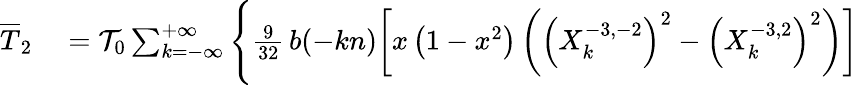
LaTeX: \begin{array}{rl}{\overline{T}_{2}}&{{}={\cal T}_{0}\sum_{k=-\infty}^{+\infty}\Bigg\{ \frac{9}{32}\, b(-kn)\bigg[x\left(1-x^{2}\right)\left(\left(X_{k}^{-3,-2}\right)^{2}-\left(X_{k}^{-3,2}\right)^{2}\right)\bigg]}\end{array}